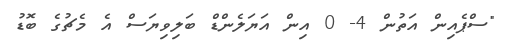
"ސްޕެއިން އަތުން 4- 0 އިން އަޔަލެންޑް ބަލިވިޔަސް އެ މެޗުގެ ބޮޑު